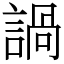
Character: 諣